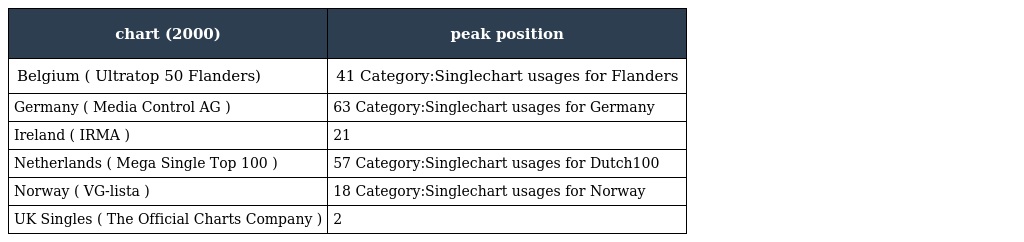
| chart (2000) | peak position |
 | --- | --- |
 | Belgium ( Ultratop 50 Flanders) | 41 Category:Singlechart usages for Flanders |
 | Germany ( Media Control AG ) | 63 Category:Singlechart usages for Germany |
 | Ireland ( IRMA ) | 21 |
 | Netherlands ( Mega Single Top 100 ) | 57 Category:Singlechart usages for Dutch100 |
 | Norway ( VG-lista ) | 18 Category:Singlechart usages for Norway |
 | UK Singles ( The Official Charts Company ) | 2 |